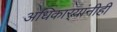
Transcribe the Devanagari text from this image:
अधिकार्‍यांनीही